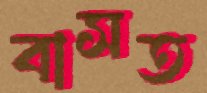
বাসত